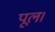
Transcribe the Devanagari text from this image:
पूल।